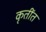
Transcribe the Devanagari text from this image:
कृतींत